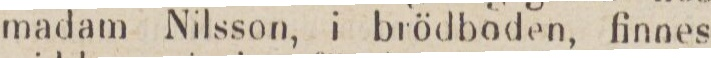
madam Nilsson, i brödboden, finnes